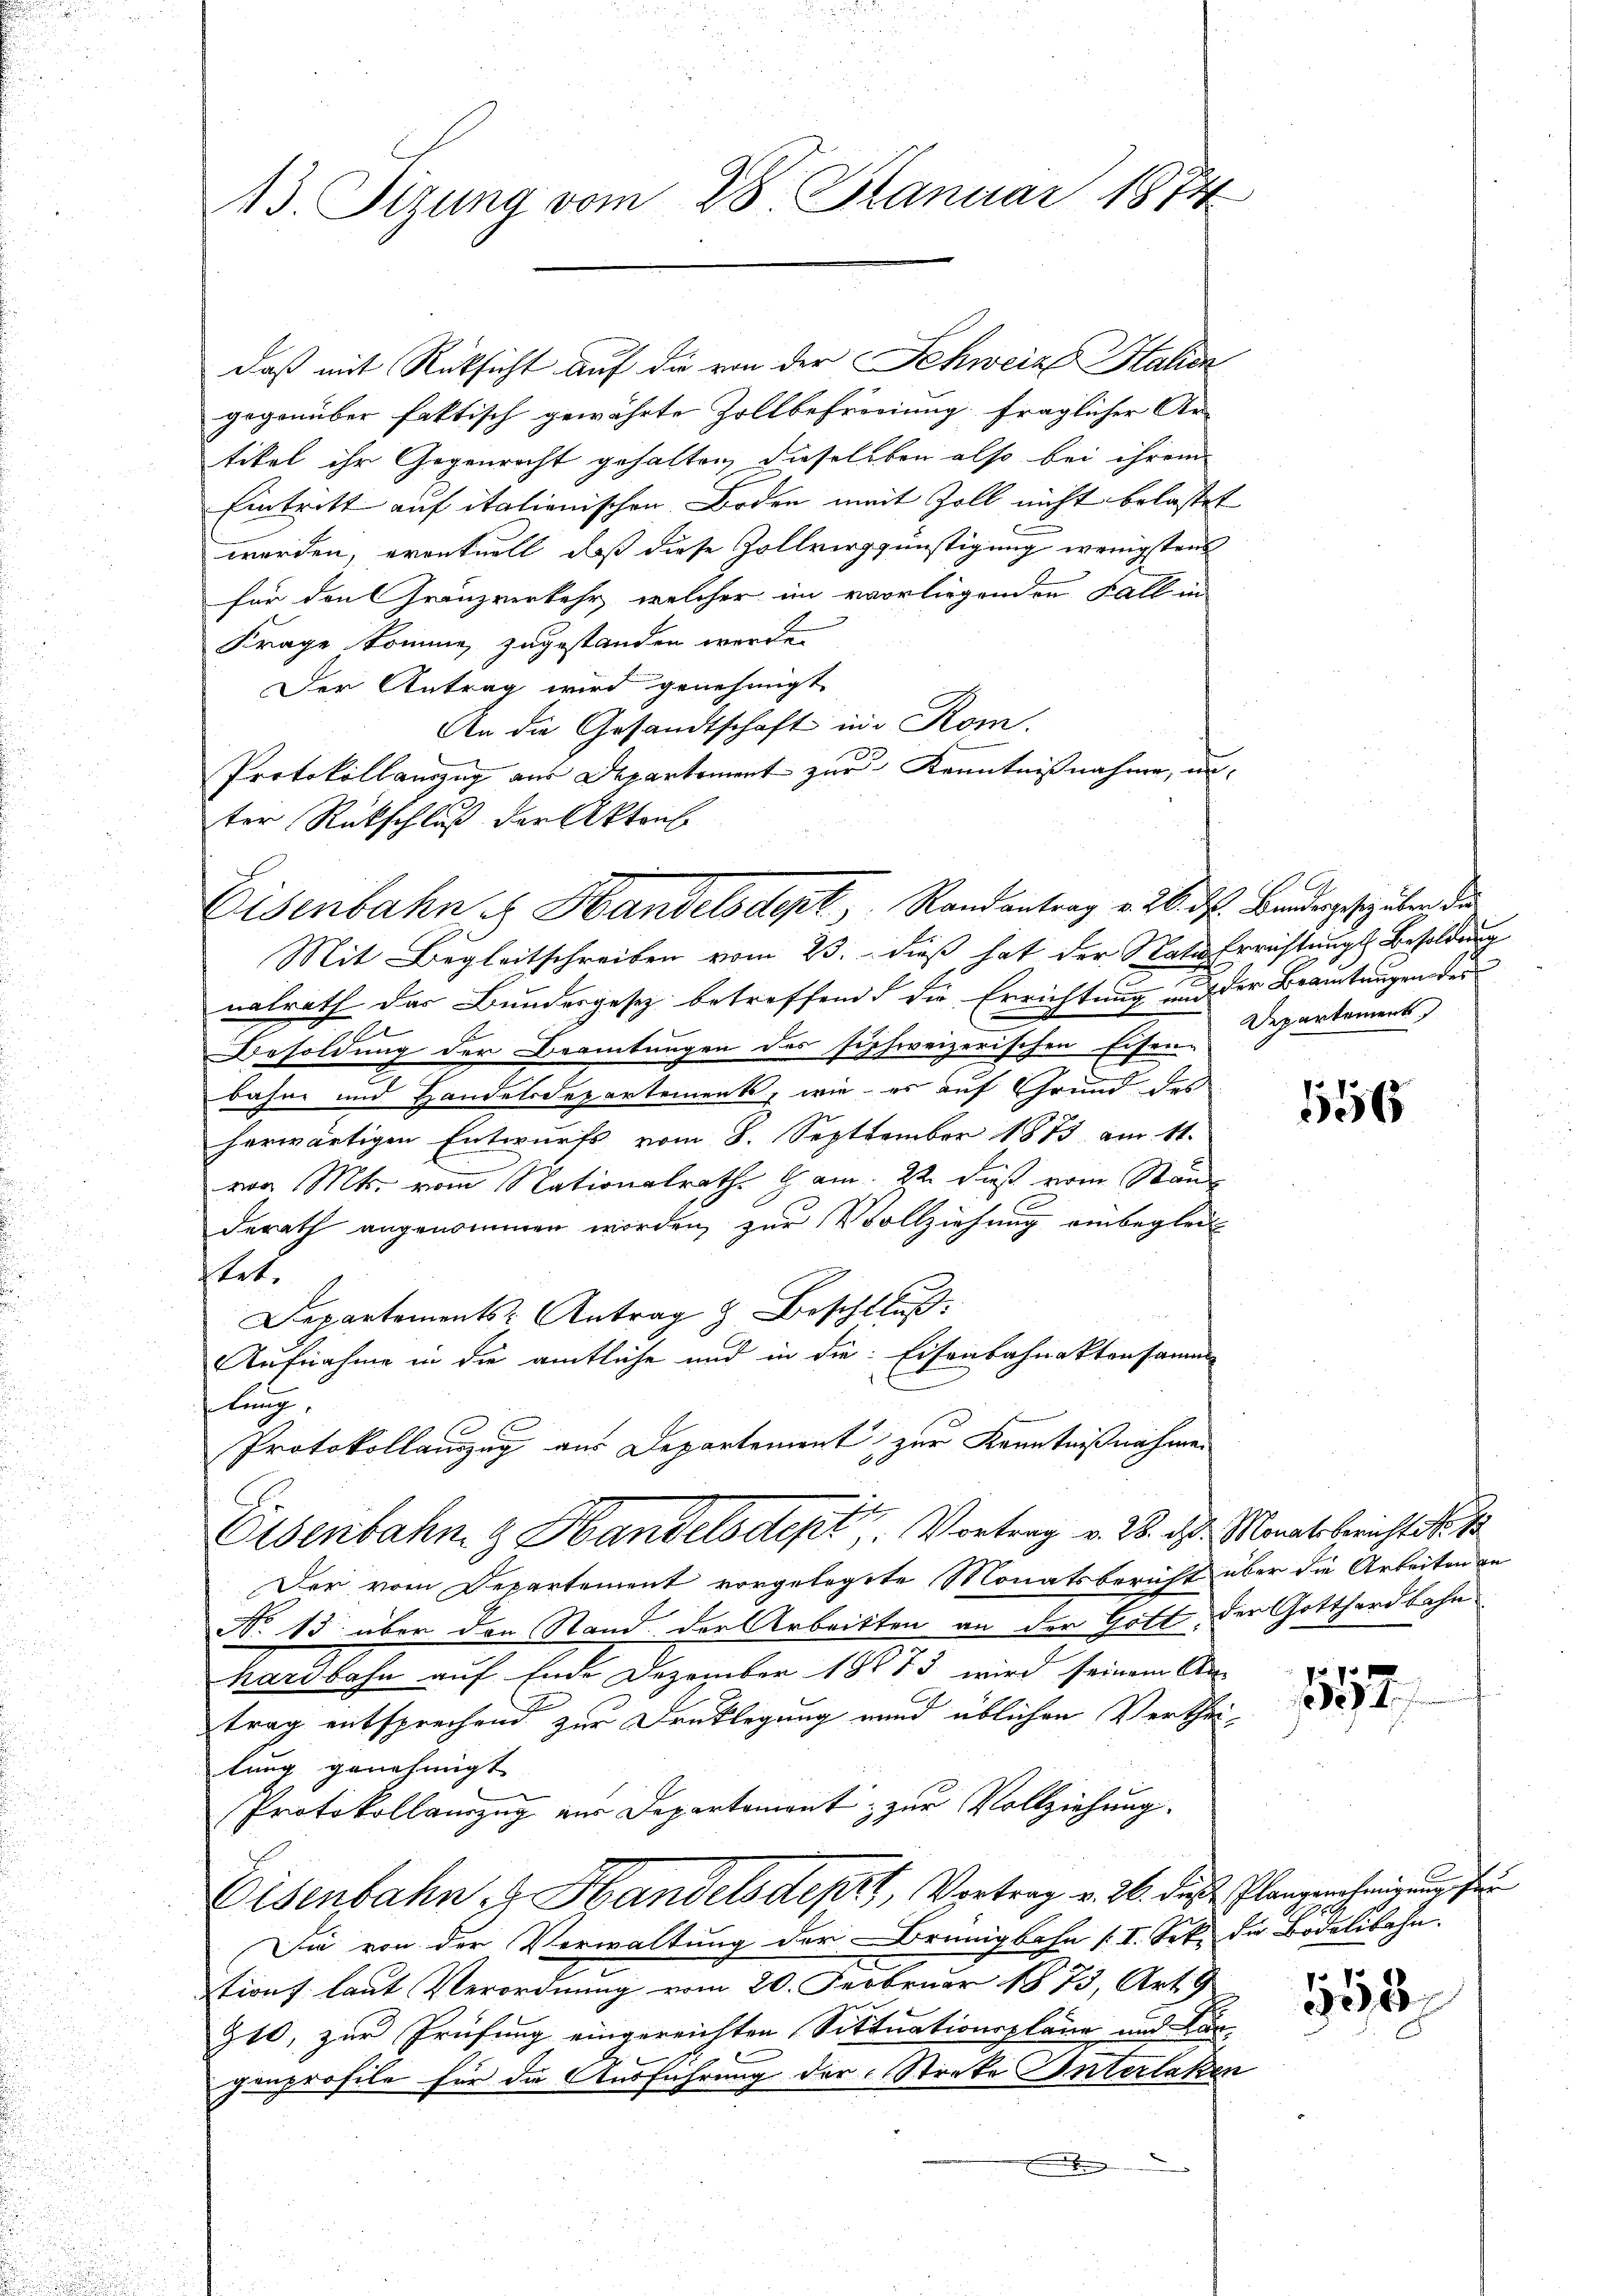
243. Sizung vom 28. Januar 1874

daß mit Rücksicht auf die von der Schweiz Halien
gegenüber faktisch gewährte Zollbefreiung fraglicher Ar-
titel ihr Gegenricht gehalten, dieselben also bei ihrem
Eintritt auf italionischen Boden mit Zoll nicht belastet
werden, eventuell, daß diese Zollvergünstigung wenigstens
für den Granzverkehr, welcher im vorliegenden Fall in
Frage komme, zugestanden werde.
Der Antrag wird genehmigt
An die Gesandtschaft in Rom.
Protokollauszug aus Departement zur Kenntnißnahme, unter Rückschluß der Aktens
Mit Begleitschreiben vom 23. dieß hat der Stati Errichtungs Besoldung
v
nalrath das Bundergesetz betreffend die Errichtung und der Beamtungen des
x
Besoldung der Beamtungen des sichweizerischen Eisenbahne und Handelsdepartements, wie es auf Grund des
herwärtigen Entwurfs vom 8. September 1873 am 11.
von Mts. vom Nationalrath Ham. 2. dieß vom Stan
derath angenommen worden, zur Vollziehung einbeglei
tet.
Departements Antrag & Beschluss:
Aufnahme in die amtliche und in die Eisenbahnaktensamm
lung,
Protokollauszug aus Departement zur Kenntnißnahmen
E
Eisenbahn & Handelsdept, Vortrag v. 2. d. Monat bericht No. 1
Der vom Departement vorgelegte Monatsbericht über die Arbeiten zu
No 15. über den Stand der Arbeitten an der Gott der Gotthardbahn
hardbahn auf Ende Dezember 1873 wird seinem An-
trag entsprechend zur Drucklegung unnd üblichen Vertheilung genehmigt
Protokollanzug zur Departement; zur Vollziehung.
Eisenbahn & Handelsdeprt, Vertrag v. 26. dieß Plangenehmigung de
Sie von der Verwaltung der Brünigbahn (I. Sek. die Bodelibahn.
tions laut Verordnung vom 20. Februar 1873, Art. 9
310, zur Prüfung eingereichten Sittuationspläne und Kan-
genprofile für die Ausführung der Streke Interlaken
.

Eisenbahn u Handelsdenk, Randantrag v. 26. ds. Bandergesetz über die

Departement)

1556

57.

100
558